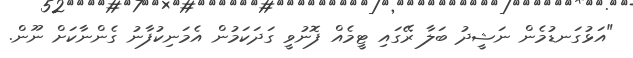
"އަޅުގަނޑުމެން ނަޝީދު ބަލާ ރޭގައި ޓީމެއް ފޮނުވީ ގަދަކަމުން އެމަނިކުފާނު ގެންނާކަށް ނޫން.